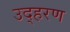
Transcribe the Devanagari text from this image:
उद्हरण